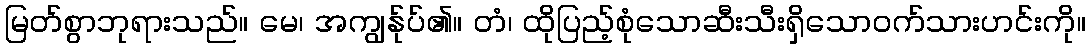
မြတ်စွာဘုရားသည်။ မေ၊ အကျွန်ုပ်၏။ တံ၊ ထိုပြည့်စုံသောဆီးသီးရှိသောဝက်သားဟင်းကို။